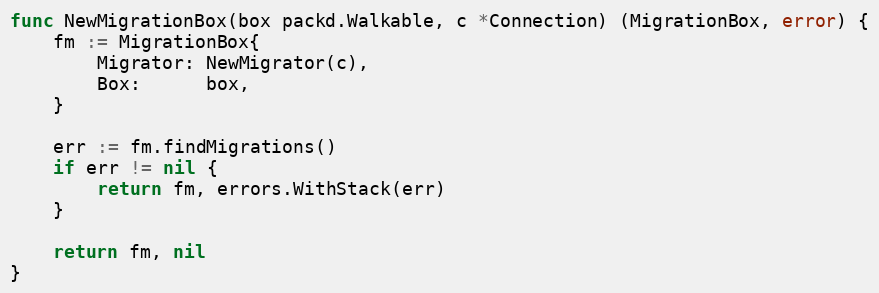
Language: Go
func NewMigrationBox(box packd.Walkable, c *Connection) (MigrationBox, error) {
	fm := MigrationBox{
		Migrator: NewMigrator(c),
		Box:      box,
	}

	err := fm.findMigrations()
	if err != nil {
		return fm, errors.WithStack(err)
	}

	return fm, nil
}